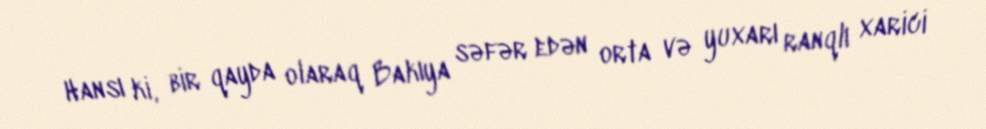
Hansı ki, bir qayda olaraq Bakıya səfər edən orta və yuxarı ranqlı xarici